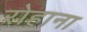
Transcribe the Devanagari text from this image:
रोहाना